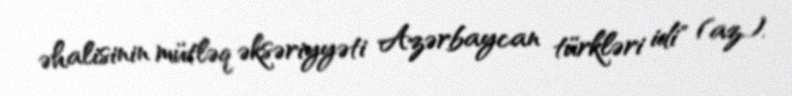
əhalisinin mütləq əksəriyyəti Azərbaycan türkləri idi" (az.).